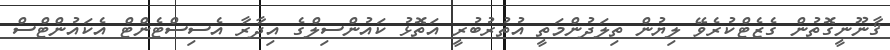
ޤާނޫނީގޮތުން ގެޒެޓްކުރެވޭ ލިޔުން ތިލަދުންމަތީ އުތުރުބުރީ އަތޮޅު ކައުންސިލްގެ އިދާރާ އެސިސްޓެންޓް އެކައުންޓްސް